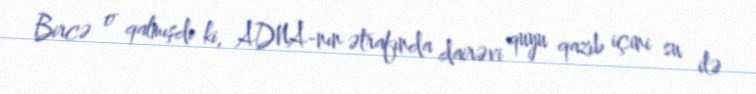
Bircə o qalmışdı ki, ADNA-nın ətrafında dairəvi quyu qazıb içini su ilə